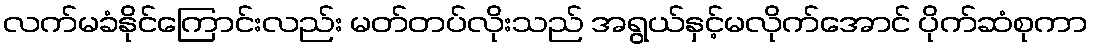
လက်မခံနိုင်ကြောင်းလည်း မတ်တပ်လိုးသည် အရွယ်နှင့်မလိုက်အောင် ပိုက်ဆံစုကာ